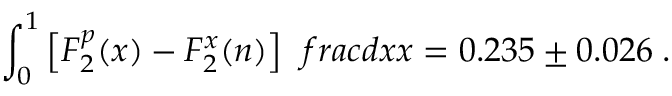
\int _ { 0 } ^ { 1 } \left[ F _ { 2 } ^ { p } ( x ) - F _ { 2 } ^ { x } ( n ) \right] \; \, f r a c { d x } { x } = 0 . 2 3 5 \pm 0 . 0 2 6 \; .